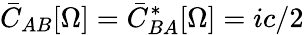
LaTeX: \bar{C}_{AB}[\Omega]=\bar{C}_{BA}^{*}[\Omega]=ic/2